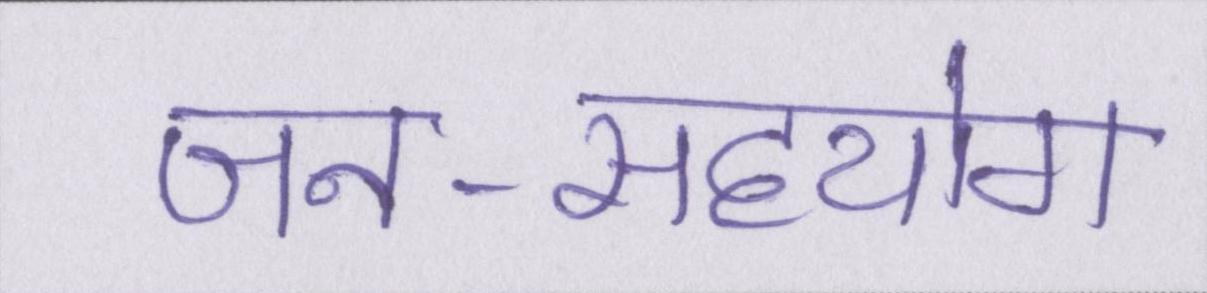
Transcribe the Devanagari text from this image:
जन-सहयोग